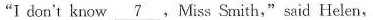
"I don't know \underline{7} ,Miss Smith."said Helen,